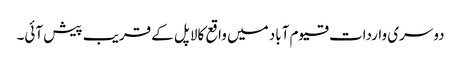
دوسری واردات قیوم آباد میں واقع کالا پل کے قریب پیش آئی۔